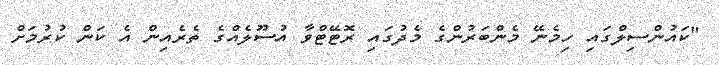
"ކައުންސިލްގައި ހިމެނޭ މެންބަރުންގެ މެދުގައި ރޮޓޭޓްވާ އުސޫލެއްގެ ތެރެއިން އެ ކަން ކުރުމަށް